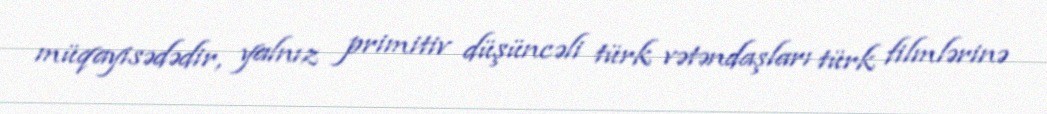
müqayisədədir, yalnız primitiv düşüncəli türk vətəndaşları türk filmlərinə